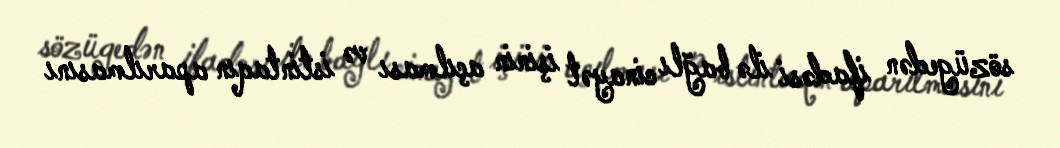
sözügedən ifadəsi ilə bağlı cinayət işinin açılması və istintaqın aparılmasını